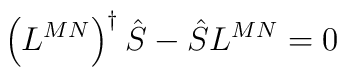
\left( L^{MN}\right) ^{\dagger }\hat{S}-\hat{S}L^{MN}=0